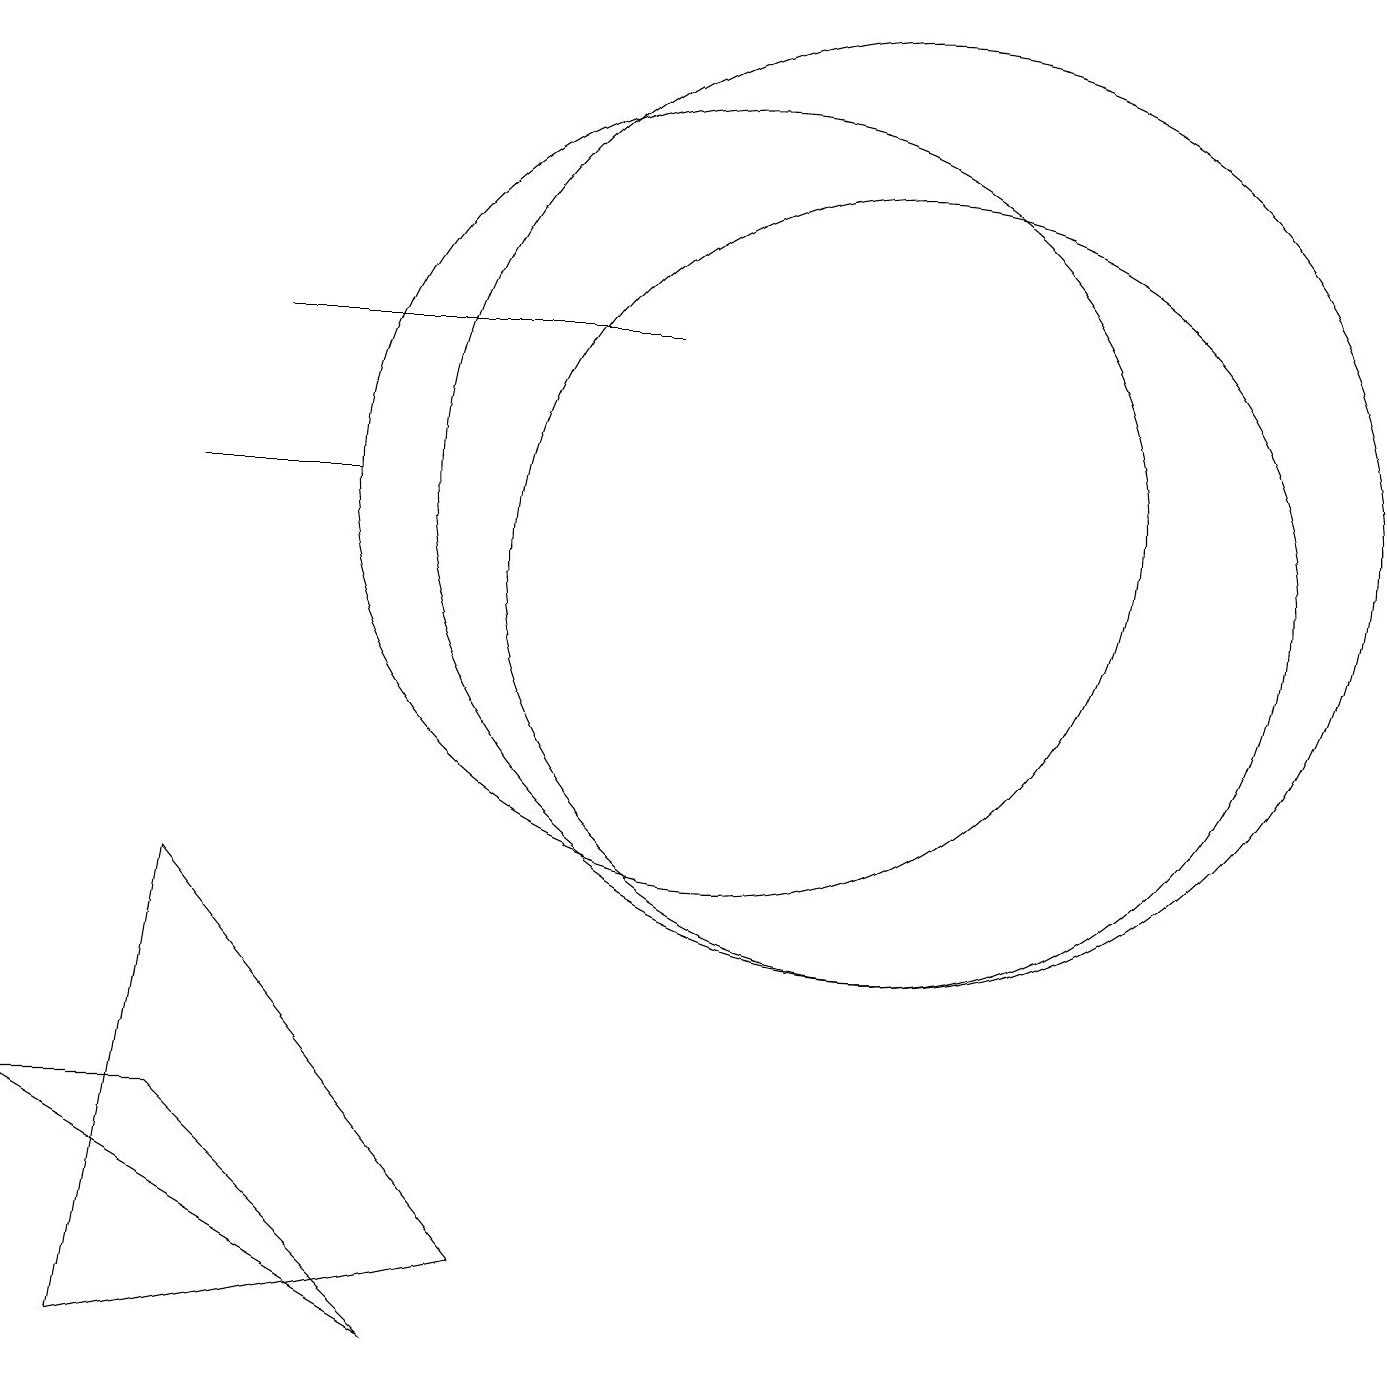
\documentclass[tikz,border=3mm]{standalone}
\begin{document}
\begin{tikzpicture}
\draw (12,10) circle (5);
\draw (9,13) rectangle (4,13);
\draw (6,0) -- (3,3) -- (1,3) -- cycle;
\draw (10,11) circle (5);
\draw (7,1) -- (3,6) -- (2,0) -- cycle;
\draw (12,11) circle (6);
\draw (3,11) rectangle (5,11);
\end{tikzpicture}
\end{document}